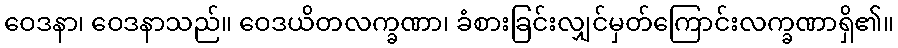
ဝေဒနာ၊ ဝေဒနာသည်။ ဝေဒယိတလက္ခဏာ၊ ခံစားခြင်းလျှင်မှတ်ကြောင်းလက္ခဏာရှိ၏။